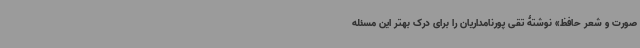
صورت و شعر حافظ» نوشتۀ تقی پورنامداریان را برای درک بهتر این مسئله